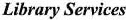
Library Services